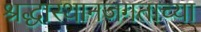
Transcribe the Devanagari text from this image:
श्रद्धास्थानजगताच्या